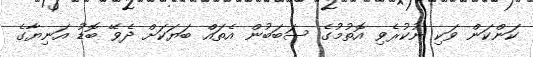
ކަންކަން ވަކި ނުކުރެވި އޮތުމުގެ ސަބަބުން އެތައް ބަޔަކަށް ދެވޭ ބޮޑު އަނިޔާގެ